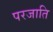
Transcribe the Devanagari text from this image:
परजाति